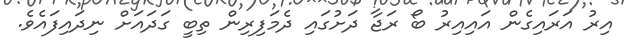
އިރު އަރައިގެން އައިއިރު ބޯ ރަޖާ ދަށުގައި ދެމަފިރިން ތިބީ ގަދައަށް ނިދައިފައެވެ.